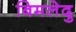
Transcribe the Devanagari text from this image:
बिमलेदु